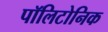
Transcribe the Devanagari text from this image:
पॉलिटोनिक